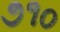
૭૧૦